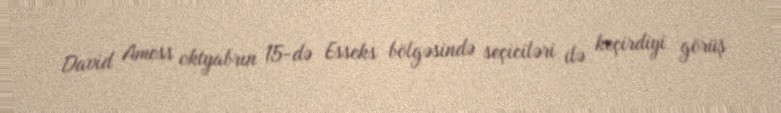
David Amess oktyabrın 15-də Esseks bölgəsində seçiciləri ilə keçirdiyi görüş